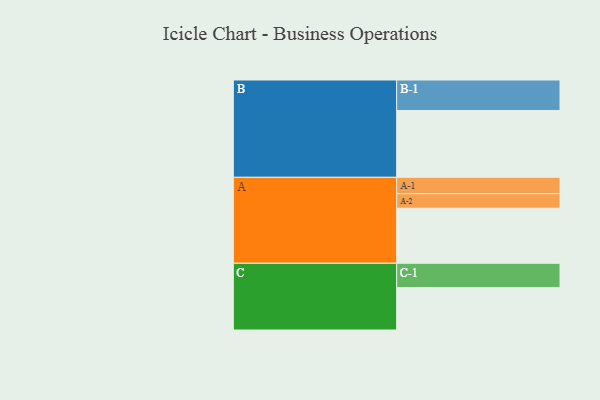
{"axis": {"x": "Segment", "y": "Value"}, "legend": ["", "A", "B", "C"], "data": [{"x": "A", "y": 407, "type": ""}, {"x": "B", "y": 494, "type": ""}, {"x": "C", "y": 313, "type": ""}, {"x": "A-1", "y": 121, "type": "A"}, {"x": "A-2", "y": 107, "type": "A"}, {"x": "B-1", "y": 225, "type": "B"}, {"x": "C-1", "y": 180, "type": "C"}]}